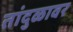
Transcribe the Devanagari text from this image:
तांदुळावर